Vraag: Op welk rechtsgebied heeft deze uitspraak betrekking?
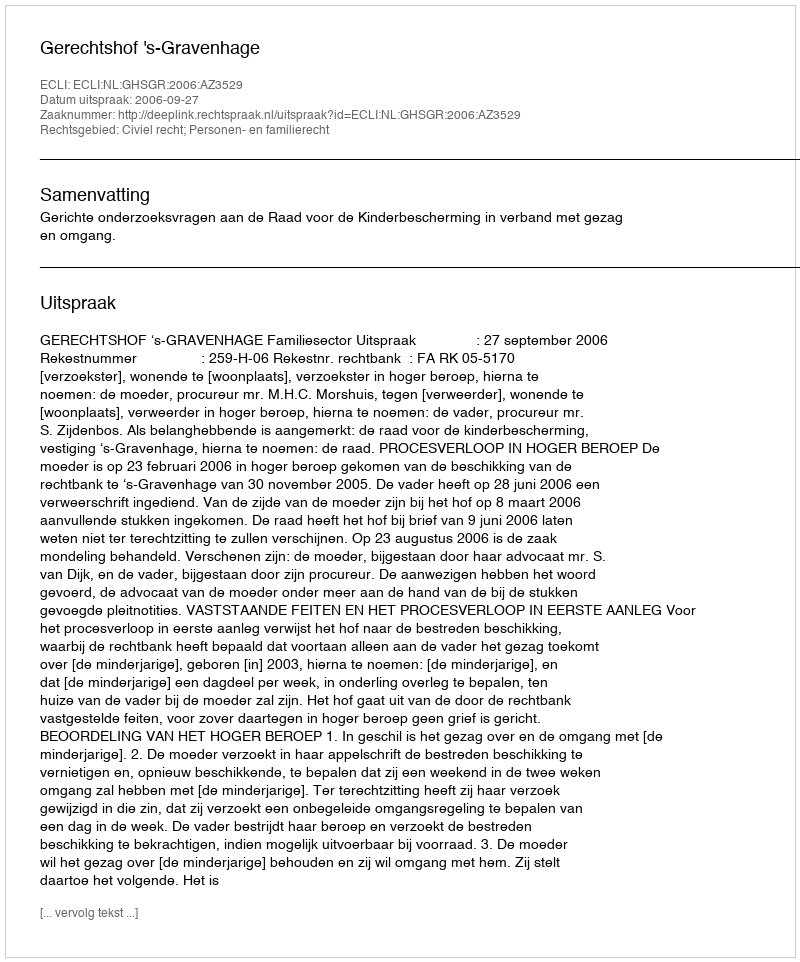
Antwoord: Civiel recht; Personen- en familierecht